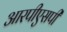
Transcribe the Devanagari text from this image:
आरपीएसपी